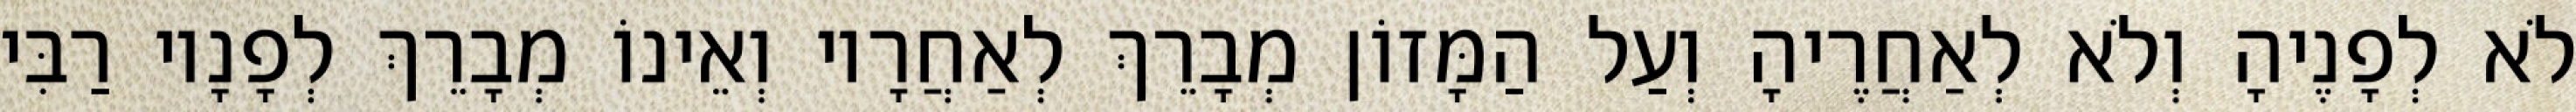
לֹא לְפָנֶיהָ וְלֹא לְאַחֲרֶיהָ וְעַל הַמָּזוֹן מְבָרֵךְ לְאַחֲרָיו וְאֵינוֹ מְבָרֵךְ לְפָנָיו רַבִּי